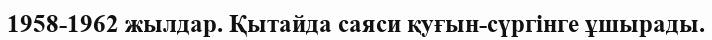
1958-1962 жылдар. Қытайда саяси қуғын-сүргінге ұшырады.